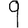
Digit: 9